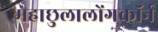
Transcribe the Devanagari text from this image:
महाछुलालोंगकॉर्न